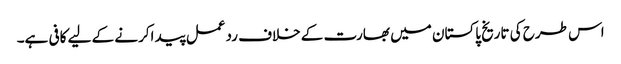
اس طرح کی تاریخ پاکستان میں بھارت کے خلاف ردعمل پید اکرنے کے لیے کافی ہے۔